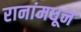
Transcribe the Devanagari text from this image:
रानांमधून